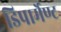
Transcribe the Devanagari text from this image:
डिपार्मेण्ट